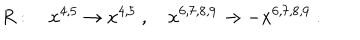
LaTeX: R : \quad x ^ { 4 , 5 } \to x ^ { 4 , 5 } \ , \quad x ^ { 6 , 7 , 8 , 9 } \to - x ^ { 6 , 7 , 8 , 9 } \ .